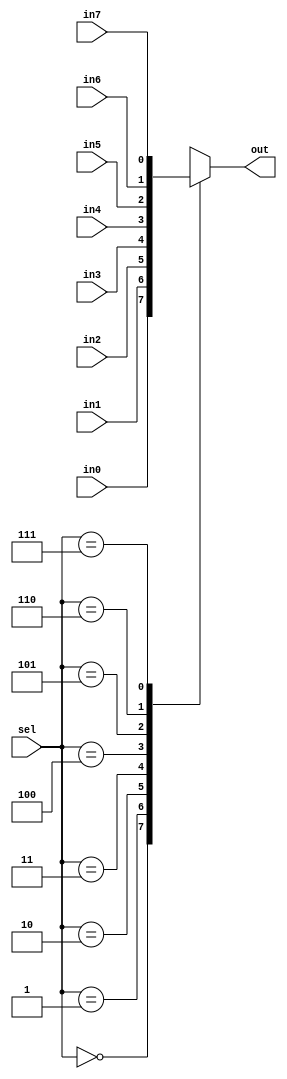
module zet_mux8_1(sel, in0, in1, in2, in3, in4, in5, in6, in7, out);
  input  [2:0]  sel;
  input  in0, in1, in2, in3, in4, in5, in6, in7;
  output out;

  reg    out;

  always @(sel or in0 or in1 or in2 or in3 or in4 or in5 or in6 or in7)
    case(sel)
     3'd0:  out = in0;
     3'd1:  out = in1;
     3'd2:  out = in2;
     3'd3:  out = in3;
     3'd4:  out = in4;
     3'd5:  out = in5;
     3'd6:  out = in6;
     3'd7:  out = in7;
    endcase
endmodule